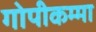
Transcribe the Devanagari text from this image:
गोपीकम्मा